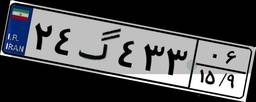
۲۴گ۴۳۳۰۶